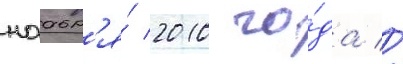
ноабр'я́ 2010 го́да //